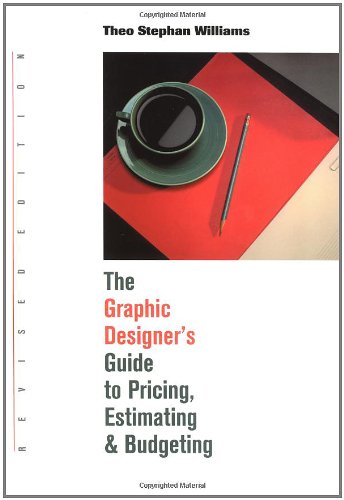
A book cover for Graphic Designer's Guide to Pricing, Estimating & Budgeting Revised Edition; Theo Stephan Williams; Business & Money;